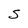
Character: S